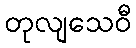
တုလျသေဝီ